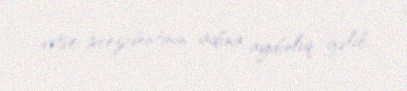
vitse-prezidentinin adına aydınlıq gəlib.